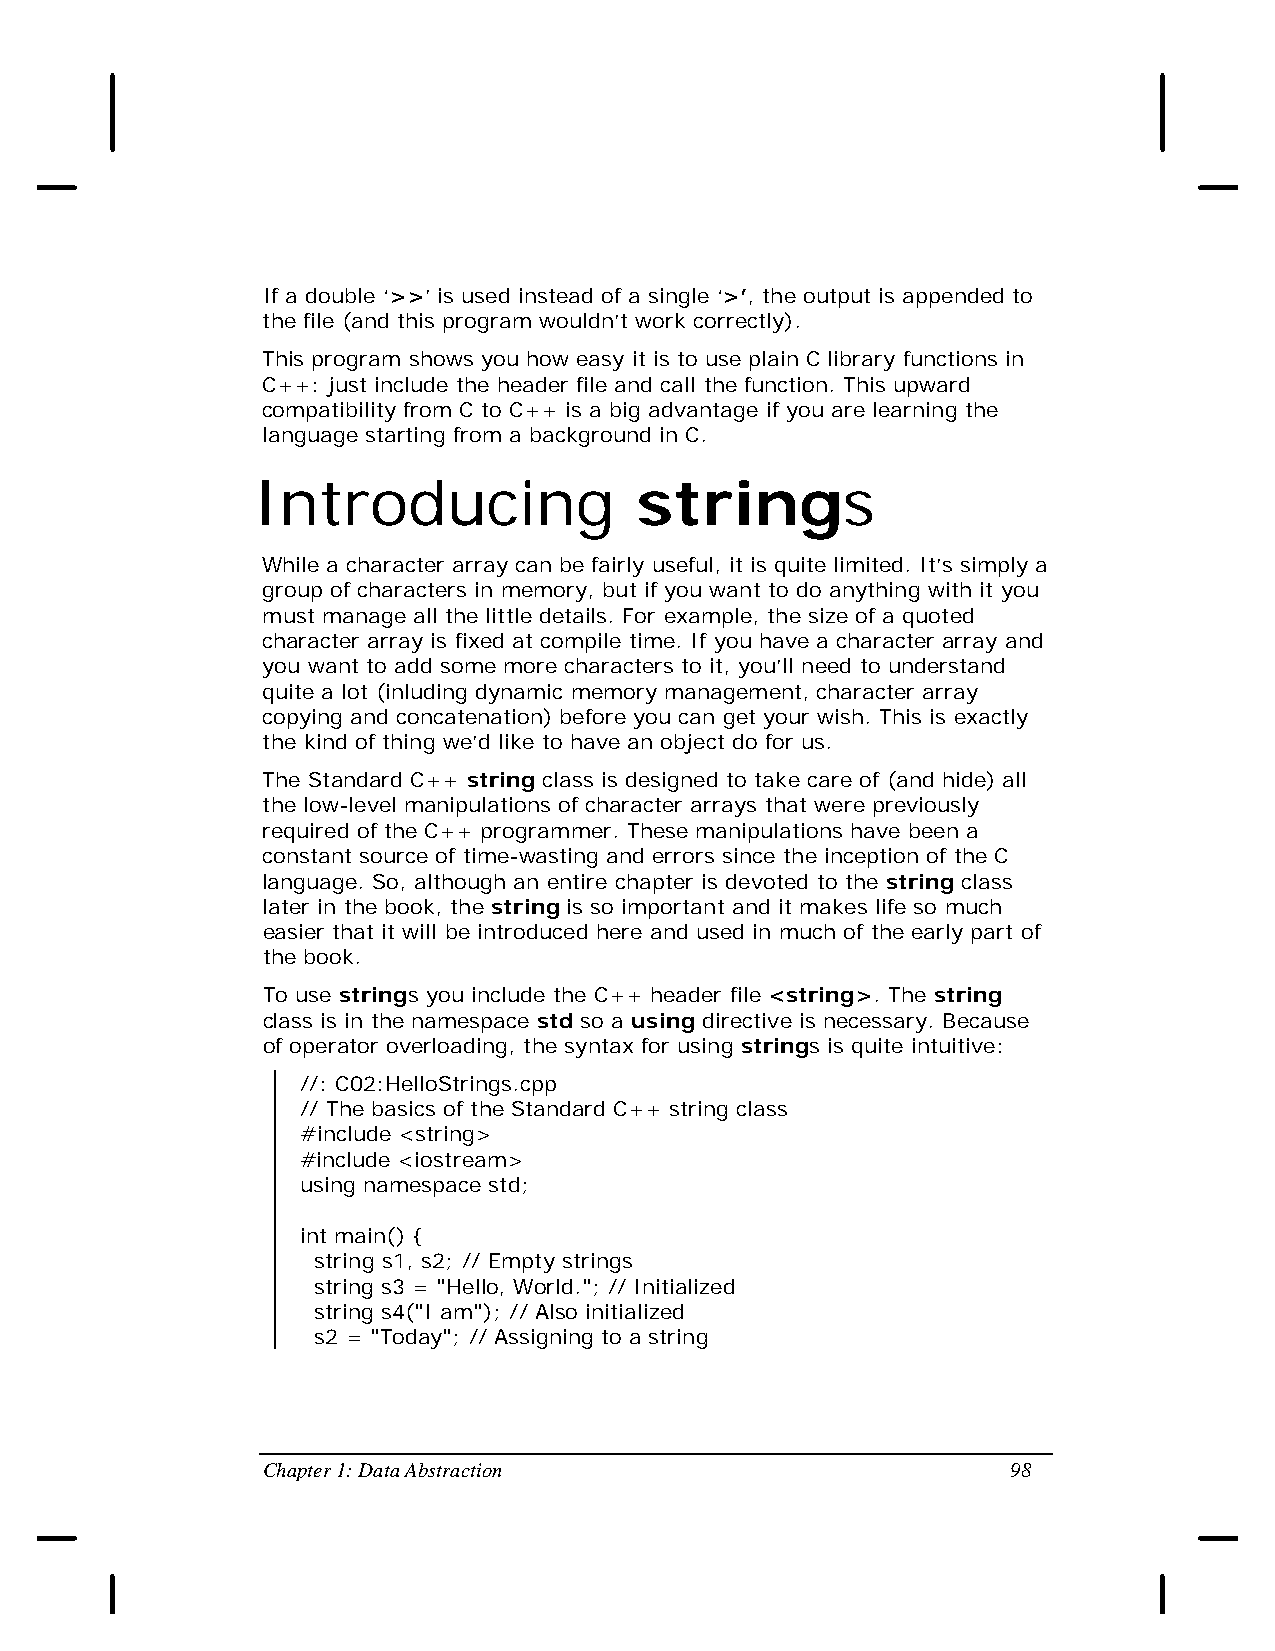
If a double ‘>>’ is used instead of a single ‘>’, the output is appended to
 the file (and this program wouldn’t work correctly).
 This program shows you how easy it is to use plain C library functions in
 C++: just include the header file and call the function. This upward
 compatibility from C to C++ is a big advantage if you are learning the
 language starting from a background in C.
 Introducing              strings
 While a character array can be fairly useful, it is quite limited. It’s simply a
 group of characters in memory, but if you want to do anything with it you
 must manage all the little details. For example, the size of a quoted
 character array is fixed at compile time. If you have a character array and
 you want to add some more characters to it, you’ll need to understand
 quite a lot (inluding dynamic memory management, character array
 copying and concatenation) before you can get your wish. This is exactly
 the kind of thing we’d like to have an object do for us.
 The Standard C++ string class is designed to take care of (and hide) all
 the low-level manipulations of character arrays that were previously
 required of the C++ programmer. These manipulations have been a
 constant source of time-wasting and errors since the inception of the C
 language. So, although an entire chapter is devoted to the string class
 later in the book, the string is so important and it makes life so much
 easier that it will be introduced here and used in much of the early part of
 the book.
 To use strings you include the C++ header file <string>. The string
 class is in the namespace std so a using directive is necessary. Because
 of operator overloading, the syntax for using strings is quite intuitive:
 //: C02:HelloStrings.cpp
 // The basics of the Standard C++ string class
 #include <string>
 #include <iostream>
 using namespace std;
 int main() {
 string s1, s2; // Empty strings
 string s3 = "Hello, World."; // Initialized
 string s4("I am"); // Also initialized
 s2 = "Today"; // Assigning to a string
 Chapter 1: Data Abstraction                       98